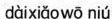
dàixiǎowō niú